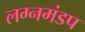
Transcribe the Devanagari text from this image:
लग्नमंडप